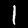
Digit: 1